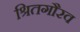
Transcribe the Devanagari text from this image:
श्रितगौरव